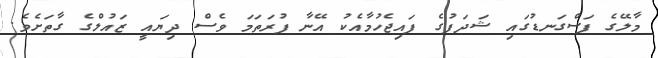
މާލޭގެ ފަސްގަނޑުގައި ޝަދަފުގެ ފައިޖެހުމާއެކު އޭނާ ފުރަތަމަ ވެސް ދިޔައީ ޒައުލްގެ ގާތަށެވެ.